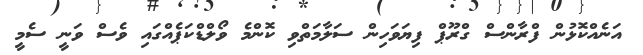
އަނެއްކޮޅުން ފްރާންސް ގްރޫޕް ފިޔަވަހިން ސަލާމަތްވި ކޮންމެ ވޯލްޑްކަޕެއްގައި ވެސް ވަނީ ސެމީ